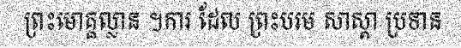
ព្រះមោគ្គល្លាន ។ការ ដែល ព្រះបរម សាស្តា ប្រទាន